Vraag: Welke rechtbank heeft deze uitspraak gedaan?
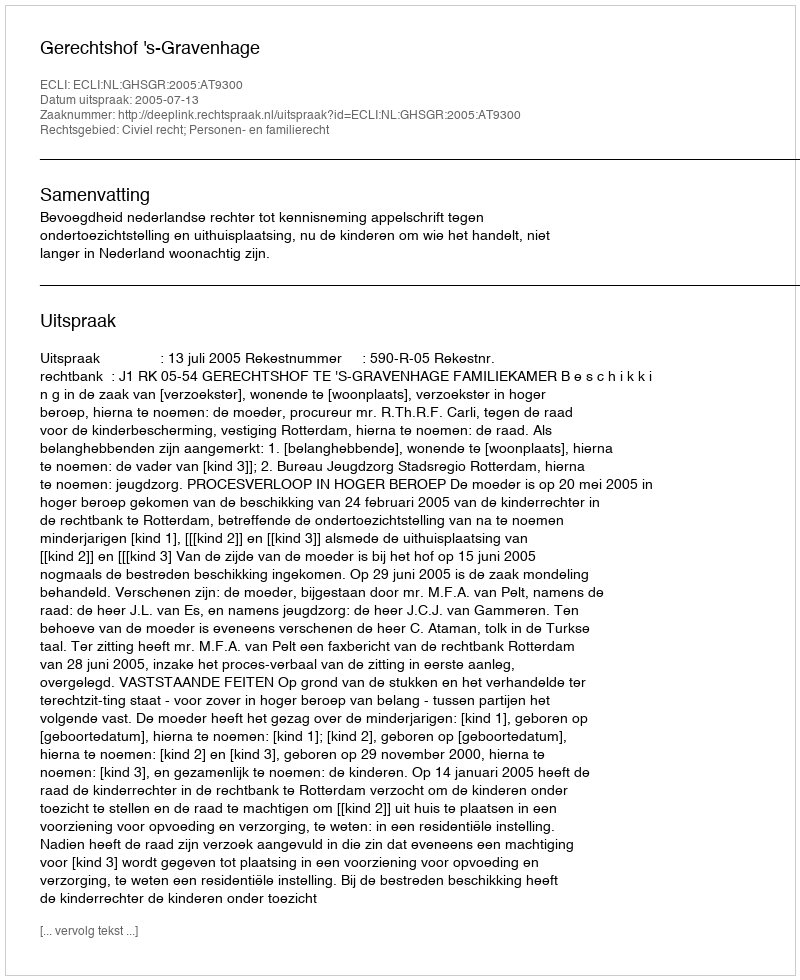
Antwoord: Gerechtshof 's-Gravenhage